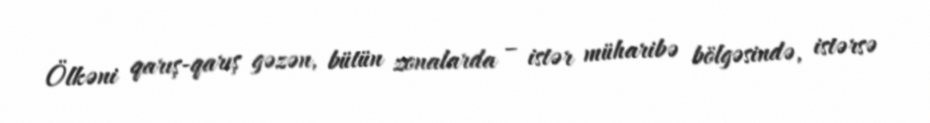
Ölkəni qarış-qarış gəzən, bütün zonalarda – istər müharibə bölgəsində, istərsə